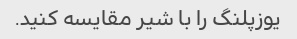
یوزپلنگ را با شیر مقایسه کنید.